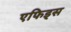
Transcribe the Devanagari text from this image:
एफिड्स